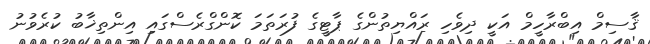
ޤާސިމް އިބްރާހީމް އަކީ ދިވެހި ރައްޔިތުންގެ ޕާޓީގެ ފުރަތަމަ ކޮންގްރެސްގައި އިންތިޚާބު ކުރެވުނު